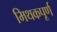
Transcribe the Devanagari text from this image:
मिथकपूर्ण